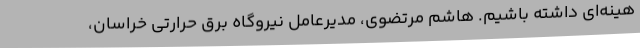
هینه‌ای داشته باشیم. هاشم مرتضوی، مدیرعامل نیروگاه برق حرارتی خراسان،